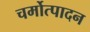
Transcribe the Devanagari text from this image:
चर्मोत्पादन